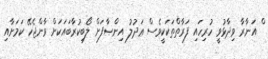
ް އަނާރާ ވިދާޅުވީ ހުރިހައި ފަރާތްތަކަކީވެސް ޢަދުލު އިންޞާފަށް ލޯބިކުރާބައަަކަށް ވާންޖެހޭ ކަމަށާއި